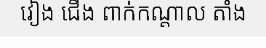
វៀង ជើង ពាក់កណ្តាល តាំង